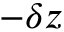
- \delta z